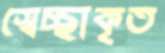
স্বেচ্ছাকৃত